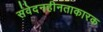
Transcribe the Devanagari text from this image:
संवेदनहीनताकारक